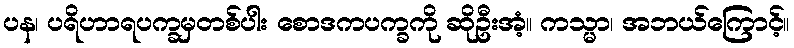
ပန၊ ပရိဟာရပက္ခမှတစ်ပါး စောဒကပက္ခကို ဆိုဦးအံ့။ ကသ္မာ၊ အဘယ်ကြောင့်။